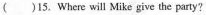
()15.Where will Mike give the party?